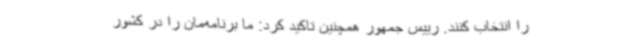
را انتخاب کنند. رییس جمهور همچنین تاکید کرد: ما برنامه‌مان را در کشور